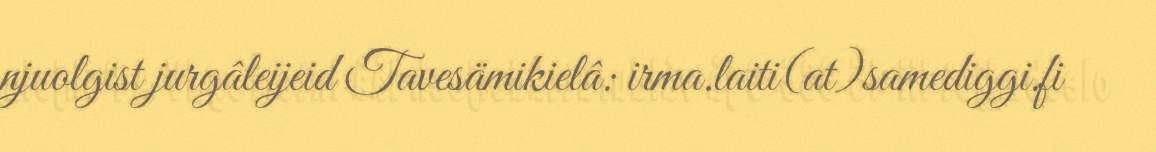
njuolgist jurgâleijeid Tavesämikielâ: irma.laiti(at)samediggi.fi